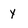
Character: y